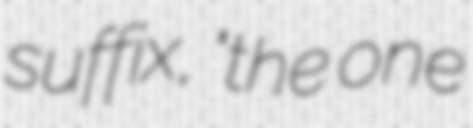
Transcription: suffix, "the one